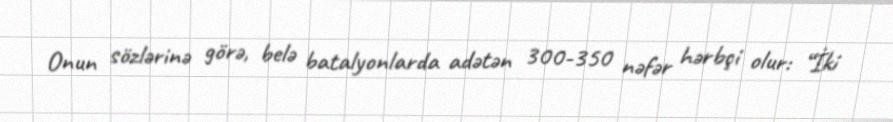
Onun sözlərinə görə, belə batalyonlarda adətən 300-350 nəfər hərbçi olur: “İki